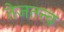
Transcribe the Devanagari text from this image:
तेजतत्त्व